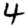
Digit: 4